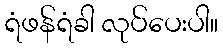
ရံဖန်ရံခါ လုပ်ပေးပါ။